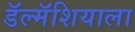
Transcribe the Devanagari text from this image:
डॅल्मॅशियाला